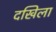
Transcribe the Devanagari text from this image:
दखिला